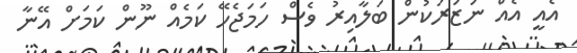
އެއީ އެއް ނަޒަރަކުން ބަލާއިރު ވެސް ހަމަޖެހޭ ކަމެއް ނޫން ކަމަށް އޭނާ